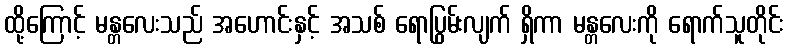
ထို့ကြောင့် မန္တလေးသည် အဟောင်းနှင့် အသစ် ရောပြွမ်းလျက် ရှိကာ မန္တလေးကို ရောက်သူတိုင်း